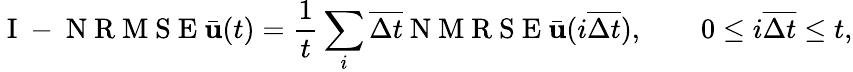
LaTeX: \mathrm{~I~-~N~R~M~S~E~}\bar{\mathbf{u}}(t)=\frac{1}{t}\sum_{i}\overline{{\Delta t}}\mathrm{~N~M~R~S~E~}\bar{\mathbf{u}}(i\overline{{\Delta t}}),\qquad 0\leq i\overline{{\Delta t}}\leq t,